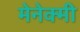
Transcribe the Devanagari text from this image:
मेनेक्मी